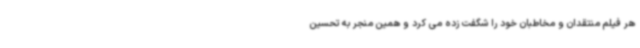
هر فیلم منتقدان و مخاطبان خود را شگفت زده می کرد و همین منجر به تحسین